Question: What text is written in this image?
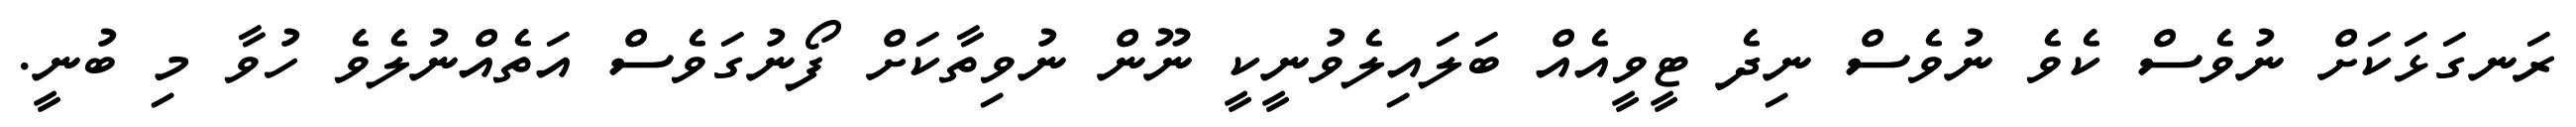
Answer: ރަނގަޅަކަށް ނުވެސް ކެވެ ނުވެސް ނިދެ ޓީވީއެއް ބަލައިލެވުނީކީ ނޫން ނުވިތާކަށް ފޯނުގަވެސް އަތެއްނުލެވެ ހުވާ މި ބުނީ.